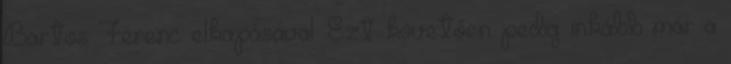
Bartos Ferenc elkapásával. Ezt követően pedig inkább már a